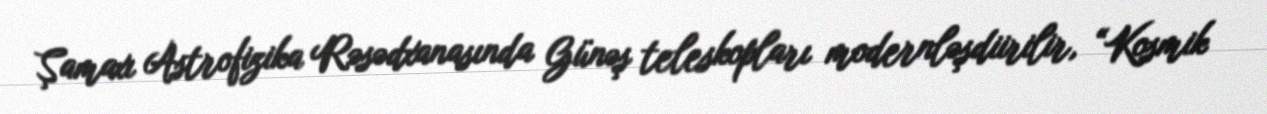
Şamaxı Astrofizika Rəsədxanasında Günəş teleskopları modernləşdiirilir, “Kosmik